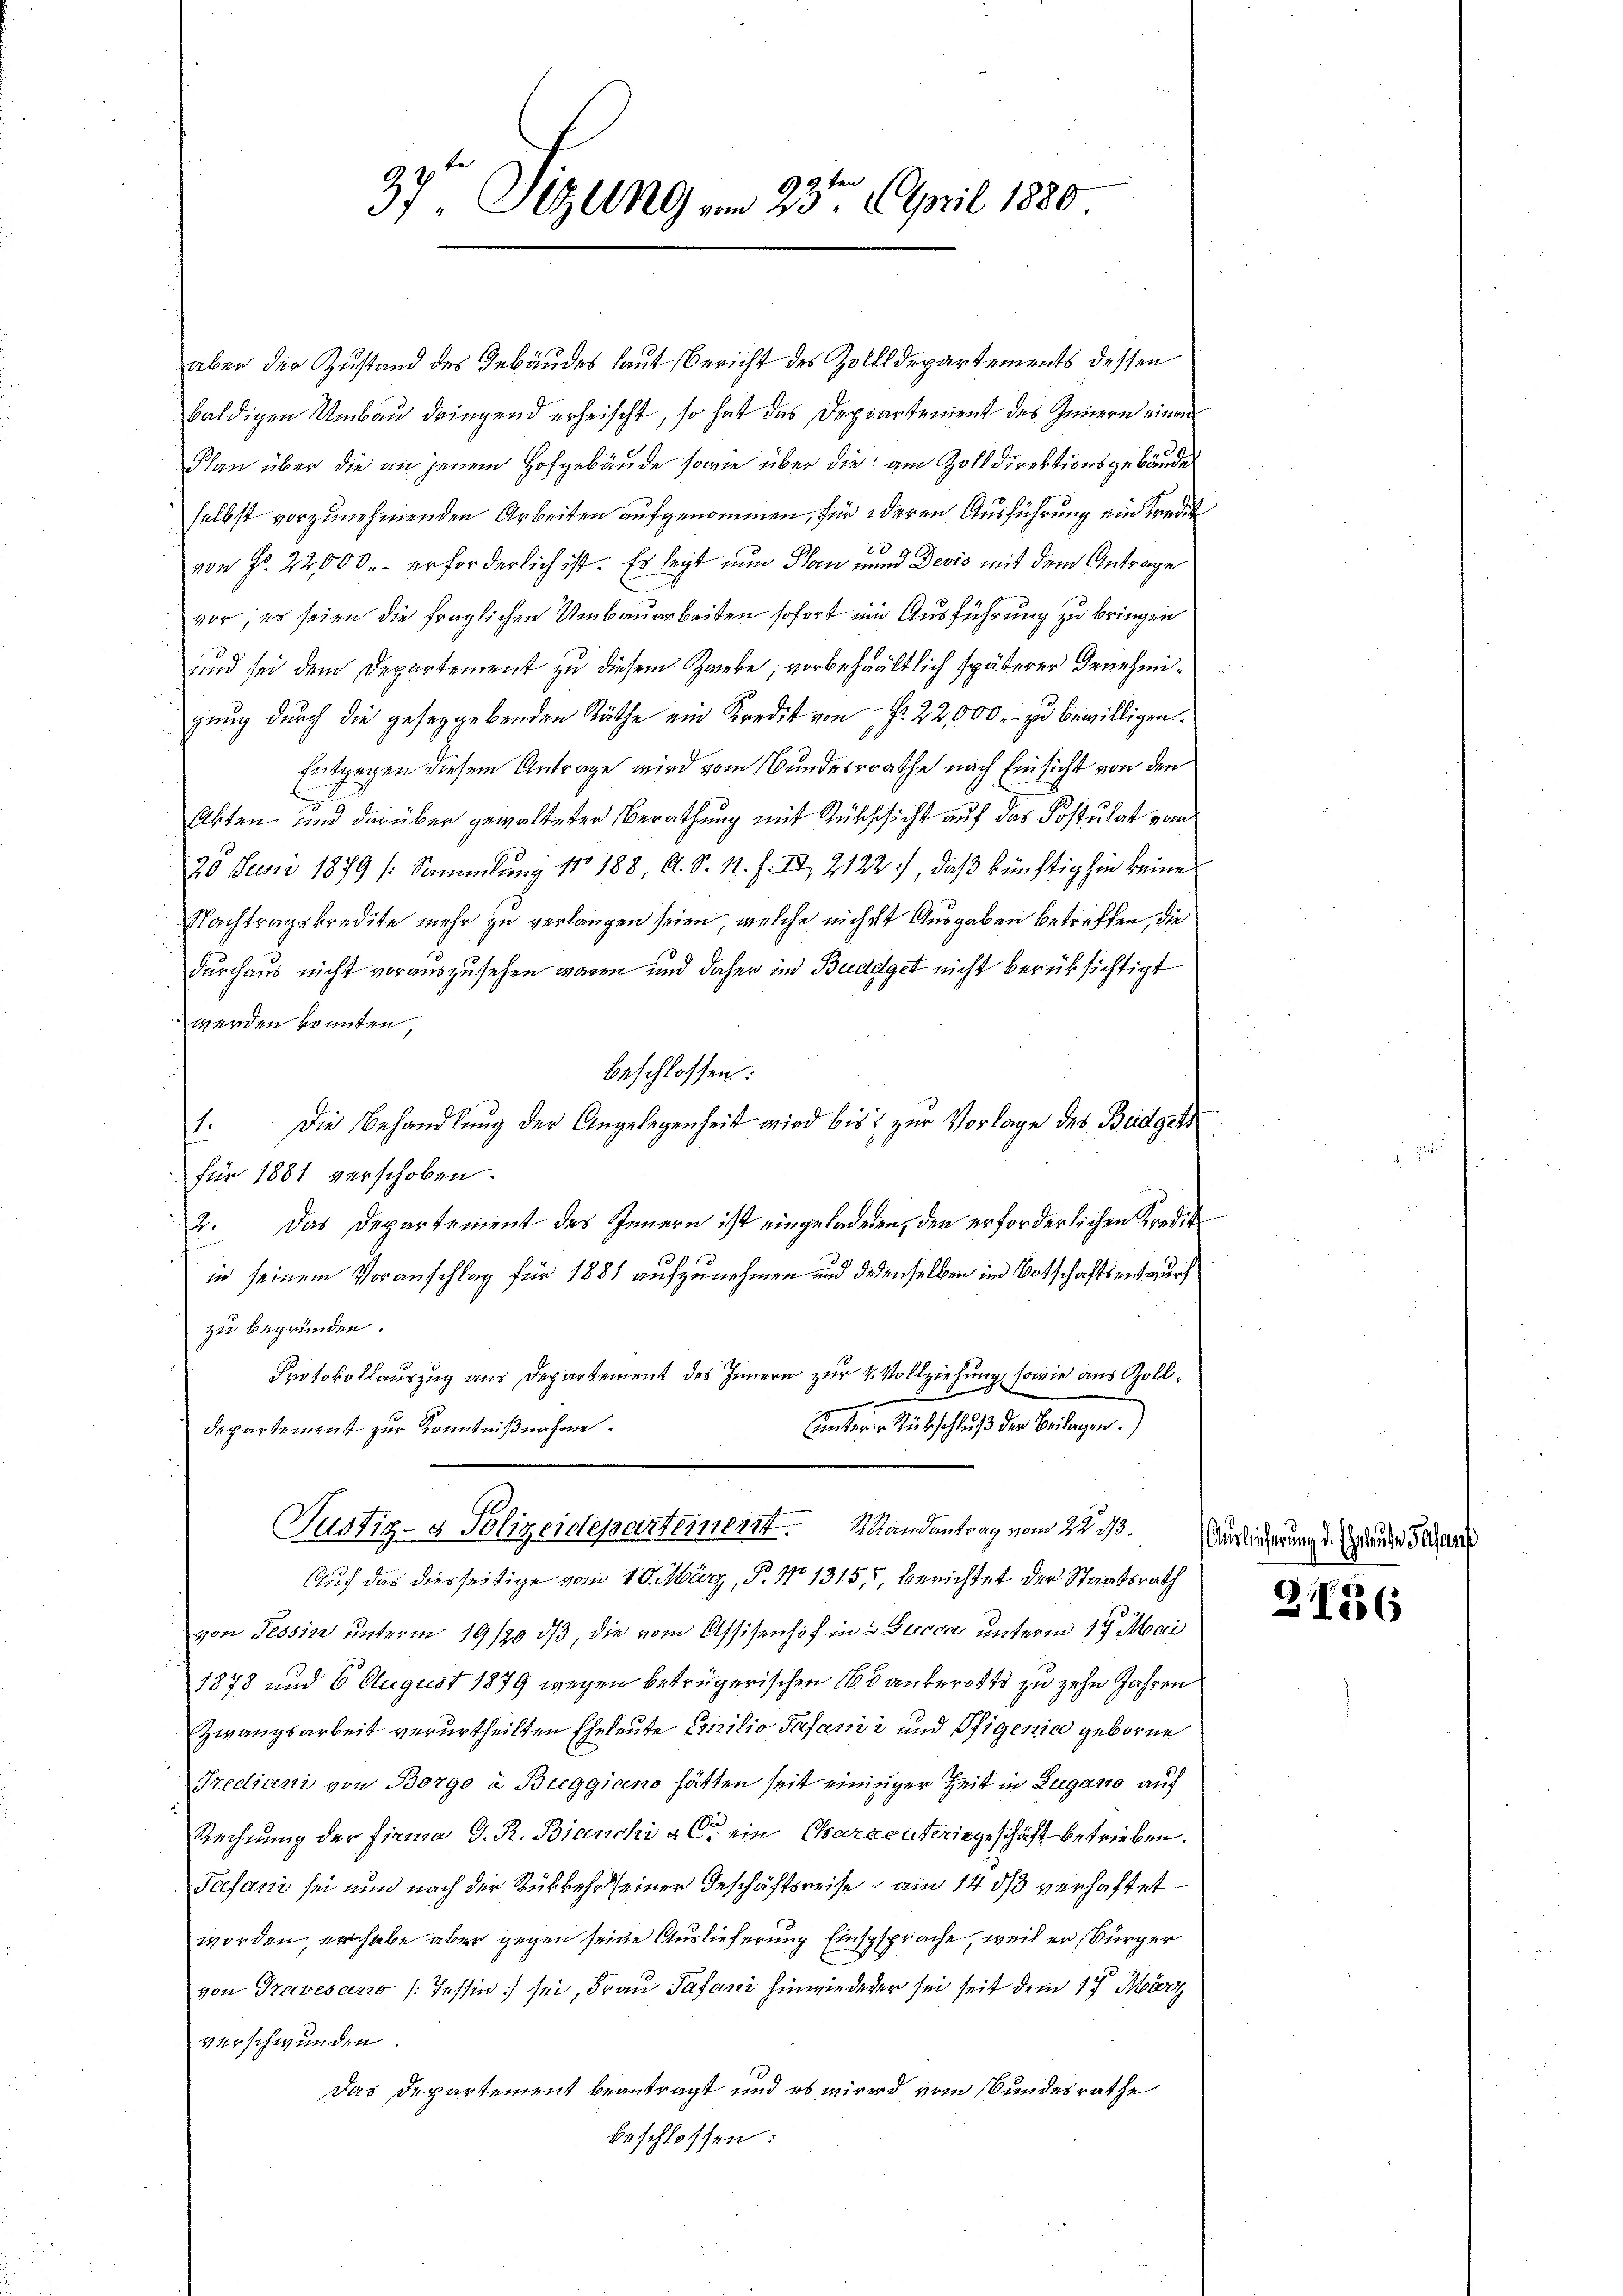
37t Sitzung vom 23ten April 1880

aber der Zustand des Gebäudes laut Bericht des Zolldepartements dessen
baldigen Umbau dringend erheischt, so hat das Departement des Innern einen
Plan über die an jenem Hofgebäude sowie über die am Zolldirektionsgebäude
selbst vorzunehmenden Arbeiten aufgenommen, für deren Ausführung ein Kredit
27
von Fr. 22,000.- erforderlich ist. Es legt nun Plan und Devis mit dem Antrage
vor; es seien die fraglichen Umbauarbeiten sofort ein Ausführung zu bringen
und sei dem Departement zu diesem Zwiebe, vorbehaltlich späterer Genehmigung durch die geseggebenden Räthe ein Kredit von P. 22,000.- zu bewilligen.
Entgegen diesem Antrage wird vom Bunderrathe nach Einsicht von den
Abten und darüber gewalteter Berathung mit Zuschicht auf das Postulat vom
20 Juni 1879 /: Sammlung 11 188, Al. S. 11. f. II, 2122), daß künftighin keine
Nachtragskredite mehr zu verlangen seien, welche nicht Ausgaben betreffen, die
durchaus nicht vorauszusehen waren und daher in Budget nicht berüksichtigt
werden konnten,
beschlossen:
Die Behandlung der Angelegenheit wird bis zur Vorlage des Beidget
1.
für 1881 verschoben.
2. Das Departement des Innern ist eingeladenen, den erforderlichen Kredit
in seinem Voranschlag für 1881 aufzunehmen und dedenselben im Botschaftsentwurf
zu begründen.
Protokollauszug aus Departement des Innern zur 4. Vollziehung, sowie aus Zollnnern der
unterer Rückschluß der Beilagen.
Departement zur Kenntnißnahme
Justiz- & Polizeidepartement. S. Randantrag vom 22 1/3.
Auch das diesseitige vom 10. März, P. No 1315, Berichtet der Staatsrath
von Tessitz unterm 19/20 dβ, die vom Assisenhof in 2 Gecca unterm 17. Mai
1878 und 6 August 1879 wegen betrügerischen 165 anberotts zu zehn Jahren
Zwangsarbeit verurtheilten Eheleute Emilio Infanii und Pfigenia geborne
Trediani von Borgo à Buggiano hätten seit einigger Zeit in Lugano auf
Rechnung der Firma D. R. Bianchi als ein Chartenteriegeschäft betrieben.
Tasani sei nun nach der Rükkehr seiner Geschäftsreise am 14. ds verhaftet
worden, er habe aber gegen seine Auslieferung Einspsprache, weil er bürger
von Travesano (Tessin sei, Frau Pasani hinwiederer sei seit dem 17. März
verschwunden.
das Departement beantragt und es wird vom Bundesrathe
beschlossen:

Auslicherung d. Glauben Gesanf

21756